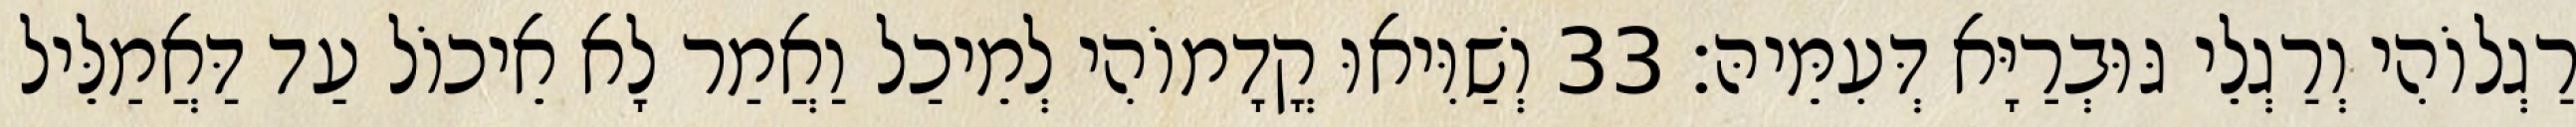
רַגְלוֹהִי וְרַגְלֵי גּוּבְרַיָּא דְּעִמֵּיהּ׃ 33 וְשַׁוִּיאוּ קֳדָמוֹהִי לְמֵיכַל וַאֲמַר לָא אֵיכוֹל עַד דַּאֲמַלֵּיל